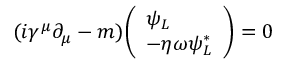
( i \gamma ^ { \mu } \partial _ { \mu } - m ) { \left( \begin{array} { l } { \psi _ { L } } \\ { - \eta \omega \psi _ { L } ^ { * } } \end{array} \right) } = 0